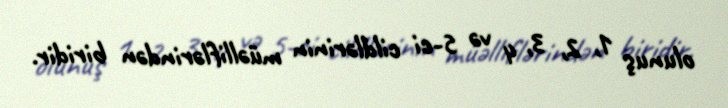
olunuş 1, 2, 3, 4 və 5-ci cildlərinin müəlliflərindən biridir.